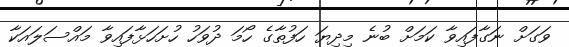
ވަގަށް ނަގާފައިވާ ކަމަށް ބުނެ މިދިޔަ ހަފުތާގެ ހޯމަ ދުވަހު ހުށަހަޅާފައިވާ މައްސަލައަކާ